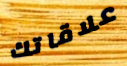
علاقاتك